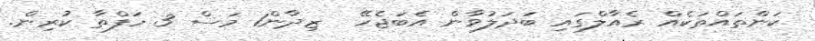
ކަންތައްތަކެއް ރެއާލްގައި ބަދަލުވާން އެބަޖެހޭ  ޒިދާން1 މަސް 3 ހަފްތާ ކުރިން.